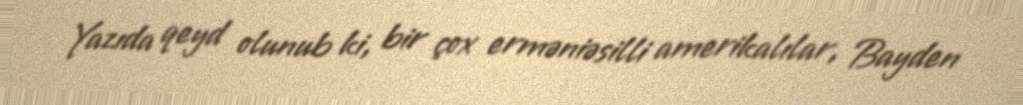
Yazıda qeyd olunub ki, bir çox erməniəsilli amerikalılar, Bayden